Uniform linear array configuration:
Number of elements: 32
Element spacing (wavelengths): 0.25
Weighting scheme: kaiser
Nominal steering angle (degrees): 45
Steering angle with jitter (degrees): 45.18
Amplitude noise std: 0.05
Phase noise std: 0.05

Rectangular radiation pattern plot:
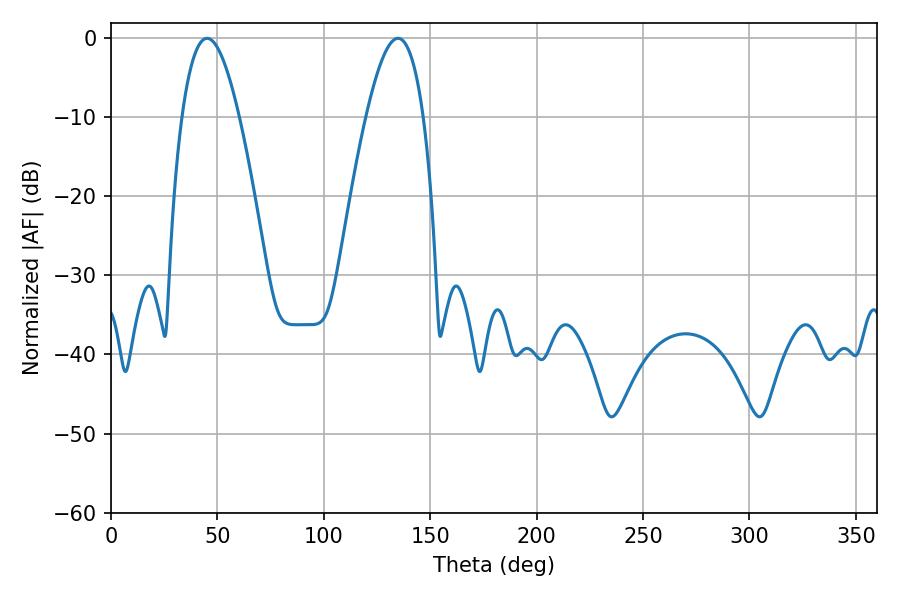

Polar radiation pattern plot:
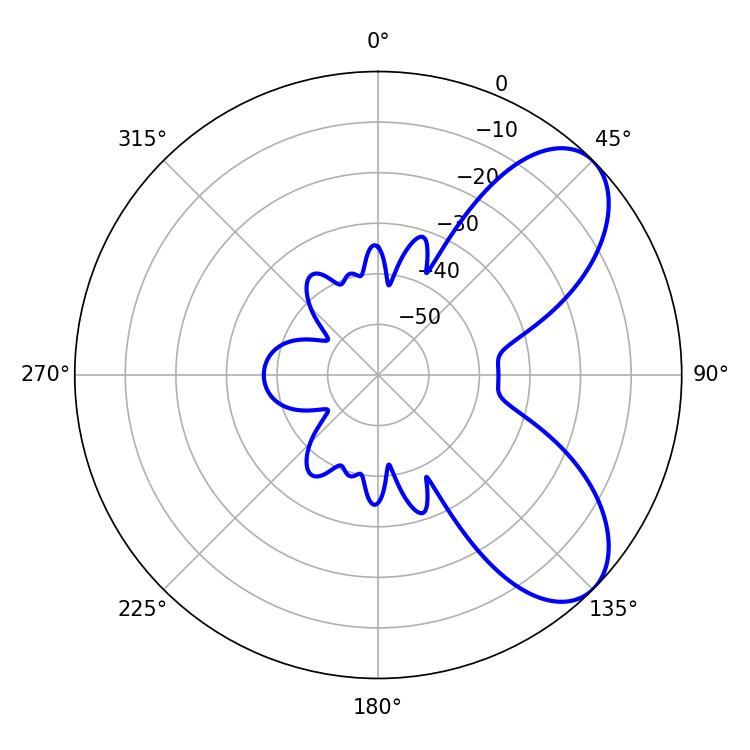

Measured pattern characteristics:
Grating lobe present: FALSE
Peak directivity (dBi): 7.029
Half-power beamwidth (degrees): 14.58
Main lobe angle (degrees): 45.18